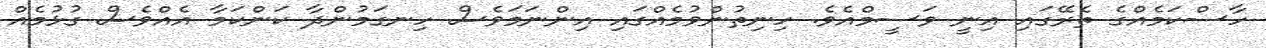
ހާސްކަމެއްގެ ތެރޭގައި އިނީ ވަސީމްއެވެ. ހިނިތުންވުމެއްގައި އިންނަމަވެސް ހިނގަމުންދާ ކަންކަމާ އެއްވެސް ގުޅުމެއް